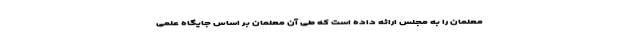
معلمان را به مجلس ارائه داده است که طی آن معلمان بر اساس جایگاه علمی